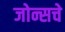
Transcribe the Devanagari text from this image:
जोन्सचे